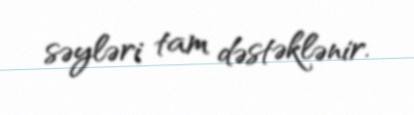
səyləri tam dəstəklənir.